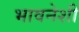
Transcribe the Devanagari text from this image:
भावनेशी